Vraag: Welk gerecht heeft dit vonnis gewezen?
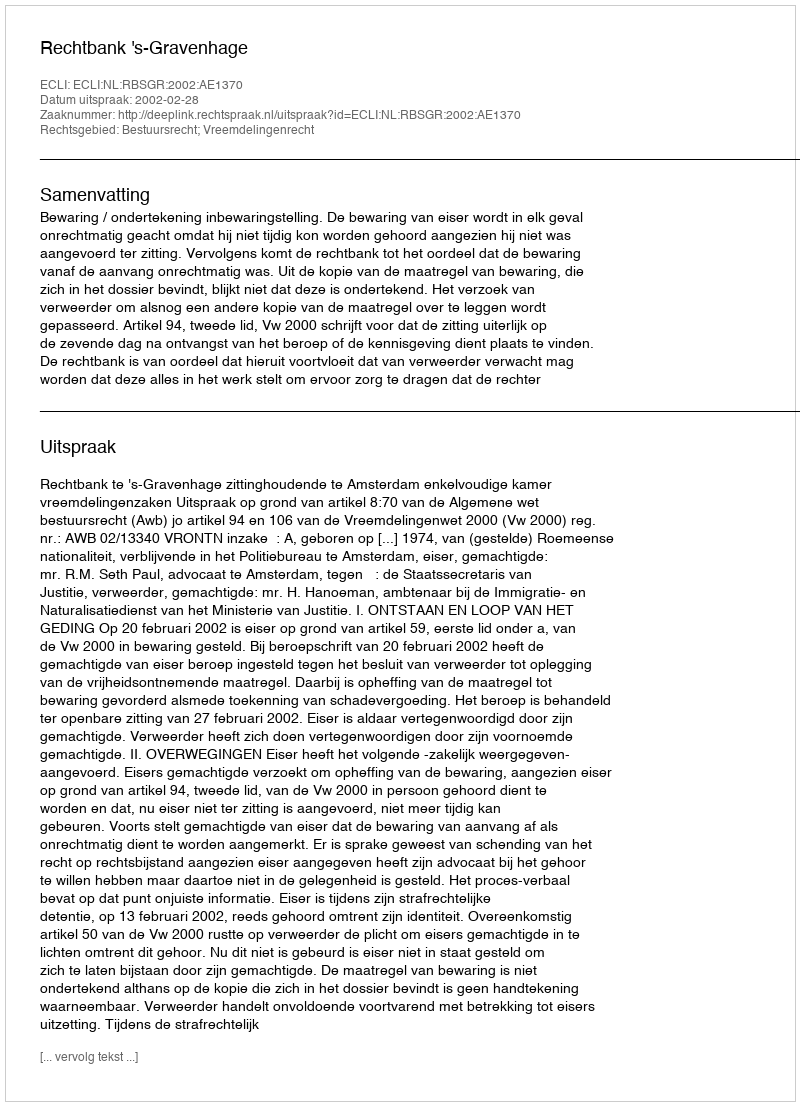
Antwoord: Rechtbank 's-Gravenhage